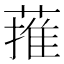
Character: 蓷